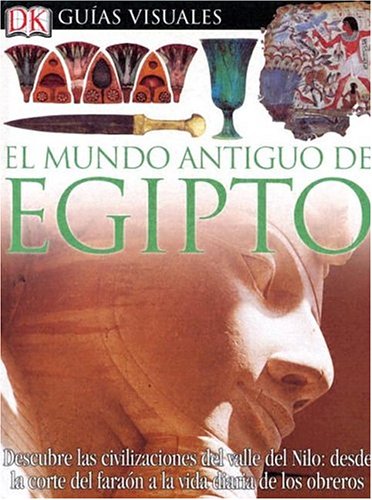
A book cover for Mundo Antiguo De Egipto (DK Eyewitness Books) (Spanish Edition); George Hart; Children's Books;